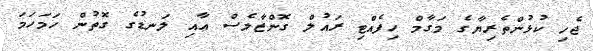
ޖެހި ކުޅުންތެރިޔާގެ މަގާމް ހިފެއްޓި ރައުލް ގޮންޒާލެސް އާއި ލަނޑުގެ ގޮތުން ހަމަހަމަ